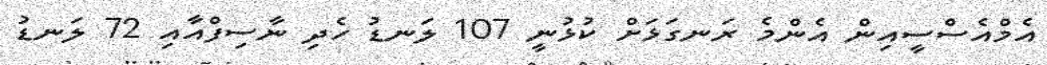
އެމްއެސްސީއިން އެންމެ ރަނގަޅަށް ކުޅުނީ 107 ލަނޑު ހެދި ނާސިފްއާއި 72 ލަނޑު